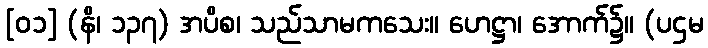
[၀၁] (နိ၊ ၁၃၇) အပိစ၊ သည်သာမကသေး။ ဟေဋ္ဌာ၊ အောက်၌။ (ပဌမ